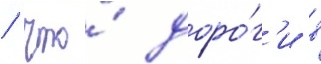
/ что́ доро́г'и в